[Report on the health of British troops in the Madras command]
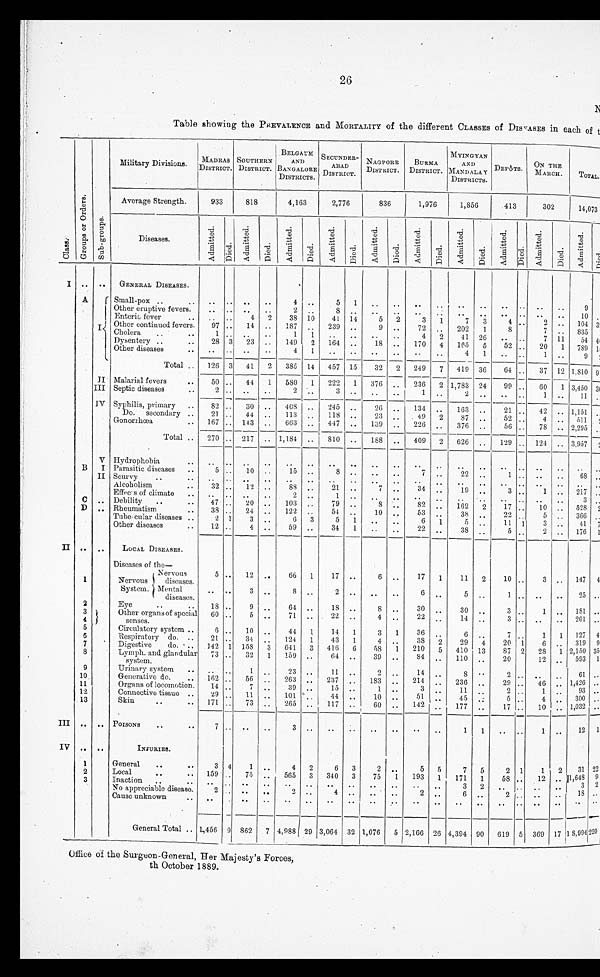
26
Table showing the PREVALENCE and MORTALITY of the different CLASSES of DIS'ASES in each. of t
MYINGYAN
AND
MAN D ALA Y
DISTRICTS.
BELGA UM
AND
BAN GALORE
DISTRICTS.
S EGUNDER-
ABAD
DisrmeT.
NAGP 0 RE
DISTRICT.
BURMA
DISTRICT.
ON THE
MARCH.
MADRAS
DISTRICT.
So UTHERN
DISTRICT.
DEPOTS.
Military Divisions.
TOTAL.
Average Strength. I933
2,776
I 836
1,976
1,856
413
302
4,163
818
14,073
O
rd
C)
O
rd
4,
4,
S
di
•-c; O
-d
O
0
p
0
0
4-J
Cs
8
be
Diseases.
-u
C)
'E
0
C)
12
Ct
<1
(21
C)
1=
I
A
• •
I
GENERAL DISEASES.
Small-pox ..
Other eruptive fevers.
Enteric, fever
..
• •
4
•;
4
2
38
I '
Other eontinued fevers.
Cholera
97
1
14
187
1
1 i I
Dysentery
Other diseases
28 3
23
149
4
L
Total
126 3
41
2
385
II Malarial fevers
50
44
1
580
III Septic diseases
2
2
Iv Syphilis, primary
82
30
408
Do.
secondary
21
44
113
Gonorrhoea
167
143
663
Total ..
270
217
1,181
V Hydrophobia
B
I Parasitic diseases
5
10
15
II Scurvy
Alcoholism
32
12 ..
88
EfThc's of climate
C
Debility
• •
47
20
..
103
• •
Rheumatism
38
24
122
Tube , cular diseases
1
3
6
Other diseases
12
4
59
II
LOCAL DISEASES.
Diseases of the
Nervous
5
12 • •
66
1
Nervous 1 diseases.
System. Mental
diseases.
3
S
2
Eye
18
9
64
3
4
Other organs of special
senses.
60
5
71
5
Circulatory system ..
6
10
44
6
Respiratory do. ..
21
3t
124
7
Digestive
do. • ..
142 1 158
3
641
8
Lymph. and glandular
73
system.
32
1
159
9
Urinary system
1
23
10
Generative do.
162
56
263
11
Organs of locomotion.
14
39
12
Connective tissue ..
29
11
101
13
Skin
171
73
265
III
• •
POISONS
7
Iv .. • •
INJURIES.
1
General
3 4
1
2
Local
159
75
565
3
Inaction
..
No appreciable disease.
2
• •
Cause unknown
General Total , 1,456 9 862
7 4,988
5
8
1
9
10
104
835
54
789
9
•
• •
11
5
9
2
3
3
1
26
5
1
36
4
8
52
1
2
4
2
7
7
20
1
10
41
239
164
3!
72
4
170
202
41
165
4
11
1
1
2
1
•I8
64
249
419
37
60
1
457 15
32
7
12
14
1,810 9
236
1
1
99
222
3
245
118
417
376
2 1,783 24
3,450 31
1
2
11
134
49
226
21
52
56
42
4
78
124
26
23
139
188
.
163
2
87
376
2
626
1,151
511
2,295
3,957
409
810
129
•
1
3
17
22
11
5
68
8
22
1
10
7
34
82
53
6
22
217
3
528
366
41
176
21
1
79
51
5
34
19
162
38
5
38
5
10
3
3
2
1
147
17
10
3
11
17
6
1
2
1
25
6
5
1
2
• •
181
30
3
1
18
8
30
•
201
22
3
. 22
14
4
127
319
2 ,150 3
•
593
36
38
210
84
1 I 14
1
43
3
416
64
1
1
6
3
4
58
39
6
29
410
110
20
87
20
6
28
12
2
1
4
13
2
5
61
1,426
93
300
1,032
14
214
3
51
142
2
29
2
$
2
183
1
10
60
11
237
15
44
117
•
46
•.
••
••
236
11
45
177
1
5
•
• .
10 ..
17
12
1
1
1
3
31 2
11,648
3
18 .
2
1
5
5
1
193
1
2
5
2 1
2
4
2
6
3
3
340
3
2
4
12
171
3
6
58 • •
75
2
• •
2
CP'
1 5,99422
17
369
619 5
5 2,166 26
1,076
90
4,394
29 3,064 32
Office of the Surgeon-General, Her Majesty's Forces,
th October 1889.